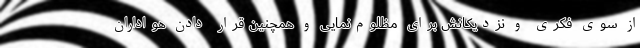
از سوی فکری و نزدیکانش برای مظلوم‌نمایی و همچنین قرار دادن هواداران